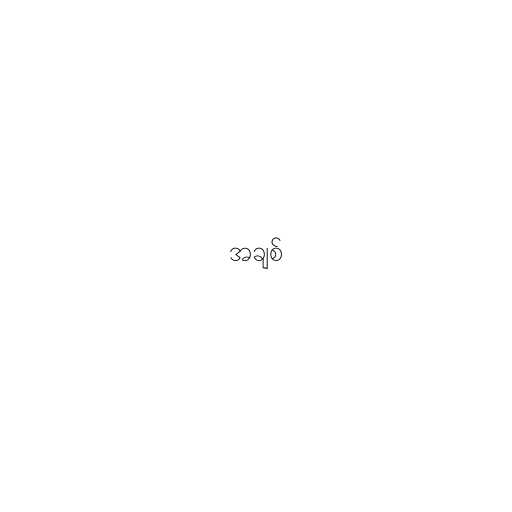
အချစ်